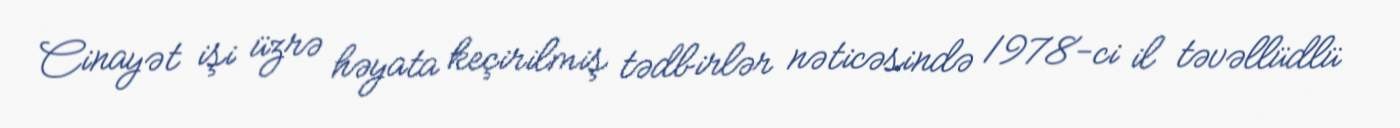
Cinayət işi üzrə həyata keçirilmiş tədbirlər nəticəsində 1978-ci il təvəllüdlü